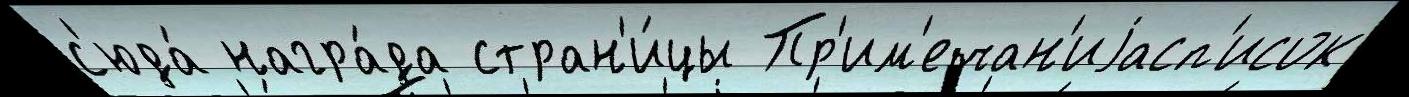
с'юда́ награ́да стран'и́цы Пр'им'ечан'иjасп'исок